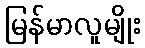
မြန်မာလူမျိုး